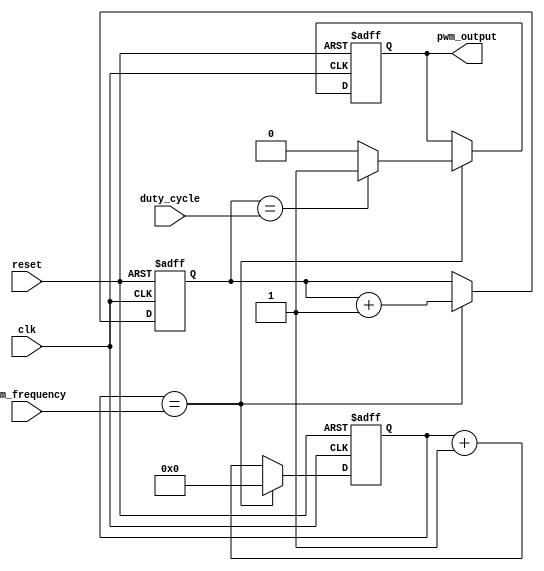
module PWM_Generator (
    input wire clk,
    input wire reset,
    input wire [7:0] pwm_frequency,
    input wire [7:0] duty_cycle,
    output reg pwm_output
);

reg [15:0] counter;
reg [15:0] pulse_width;
reg sync_clk;

always @(posedge clk or posedge reset) begin
    if (reset) begin
        counter <= 16'h0000;
        pulse_width <= 16'h0000;
        sync_clk <= 1'b0;
        pwm_output <= 1'b0;
    end else begin
        if (counter == pwm_frequency) begin
            counter <= 16'h0000;
            pulse_width <= pulse_width + 1;
            if (pulse_width == duty_cycle) begin
                pwm_output <= 1'b1;
            end else begin
                pwm_output <= 1'b0;
            end
        end else begin
            counter <= counter + 1;
            if (counter == pwm_frequency / 2) begin
                sync_clk <= ~sync_clk;
            end
        end
    end
end

endmodule